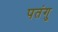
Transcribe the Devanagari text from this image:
पतंगु